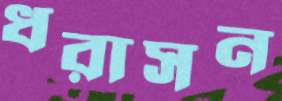
ধরাসন